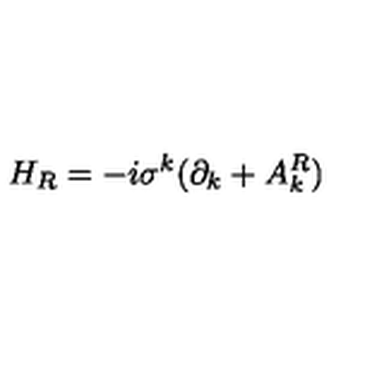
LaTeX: H _ { R } = - i \sigma ^ { k } ( \partial _ { k } + A _ { k } ^ { R } )